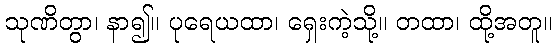
သုဏိတွာ၊ နာ၍။ ပုရေယထာ၊ ရှေးကဲ့သို့။ တထာ၊ ထို့အတူ။